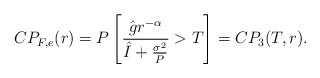
\begin{align*}CP_{F,e}(r)=P\left[\frac{\hat{g} r^{-\alpha}}{\hat{I}+\frac{\sigma^2}{P}}>T\right]=CP_3(T,r) .\end{align*}